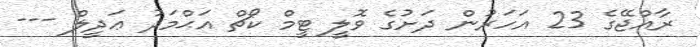
ރާއްޖޭގެ 23 އަހަރުން ދަށުގެ ވޮލީ ޓީމް ކޯޗް އަޙްމަދު ޢަދީލް ---